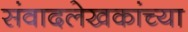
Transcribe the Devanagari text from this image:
संवादलेखकांच्या